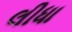
લીધા